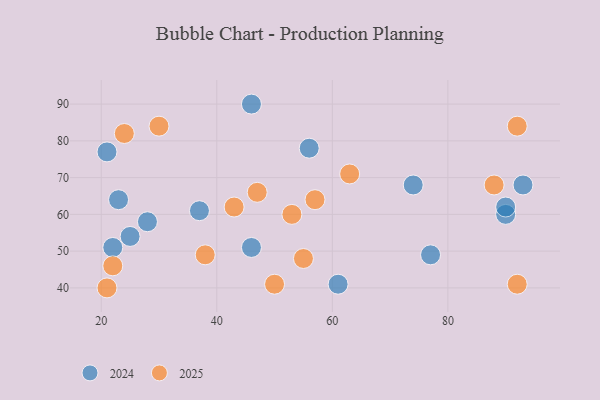
{"axis": {"x": "GDP", "y": "Life Expectancy"}, "legend": ["2024", "2025"], "data": [{"x": "53", "y": 60, "type": "2025"}, {"x": "88", "y": 68, "type": "2025"}, {"x": "24", "y": 82, "type": "2025"}, {"x": "57", "y": 64, "type": "2025"}, {"x": "21", "y": 40, "type": "2025"}, {"x": "47", "y": 66, "type": "2025"}, {"x": "30", "y": 84, "type": "2025"}, {"x": "92", "y": 41, "type": "2025"}, {"x": "38", "y": 49, "type": "2025"}, {"x": "63", "y": 71, "type": "2025"}, {"x": "50", "y": 41, "type": "2025"}, {"x": "55", "y": 48, "type": "2025"}, {"x": "22", "y": 46, "type": "2025"}, {"x": "92", "y": 84, "type": "2025"}, {"x": "43", "y": 62, "type": "2025"}, {"x": "90", "y": 60, "type": "2024"}, {"x": "61", "y": 41, "type": "2024"}, {"x": "46", "y": 51, "type": "2024"}, {"x": "46", "y": 90, "type": "2024"}, {"x": "28", "y": 58, "type": "2024"}, {"x": "21", "y": 77, "type": "2024"}, {"x": "37", "y": 61, "type": "2024"}, {"x": "74", "y": 68, "type": "2024"}, {"x": "77", "y": 49, "type": "2024"}, {"x": "25", "y": 54, "type": "2024"}, {"x": "90", "y": 62, "type": "2024"}, {"x": "93", "y": 68, "type": "2024"}, {"x": "56", "y": 78, "type": "2024"}, {"x": "22", "y": 51, "type": "2024"}, {"x": "23", "y": 64, "type": "2024"}]}